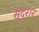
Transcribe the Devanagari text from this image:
सुंदरार